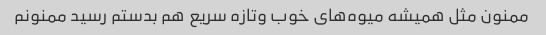
ممنون مثل همیشه میوه‌های خوب وتازه سریع هم بدستم رسید ممنونم